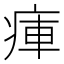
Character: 㾝